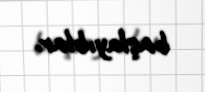
başlayıblar.